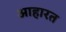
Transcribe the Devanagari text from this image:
आहारत